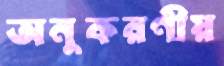
অনুকরণীয়